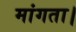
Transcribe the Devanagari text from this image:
मांगता।